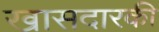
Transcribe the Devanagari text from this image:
खासदारकी